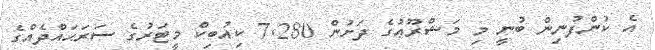
އެ ކުންފުނިން ބުނީ މި މަޝްރޫޢުގެ ދަށުން 7